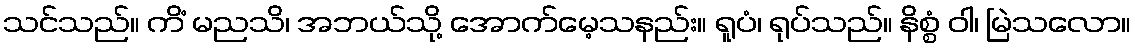
သင်သည်။ ကိံ မညသိ၊ အဘယ်သို့ အောက်မေ့သနည်း။ ရူပံ၊ ရုပ်သည်။ နိစ္စံ ဝါ၊ မြဲသလော။